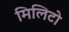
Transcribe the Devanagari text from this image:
मिलिटो